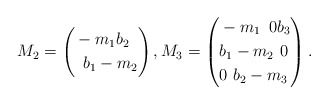
\begin{align*}M_2=\left(\begin{aligned}& -m_1 b_2 \\& \,\,\, b_1 -m_2\end{aligned}\right),M_3=\left(\begin{aligned}& -m_1 \,\,\, 0 b_3 \\& b_1 -m_2 \,\, 0 \\& 0 \,\, b_2 -m_3\end{aligned}\right).\end{align*}